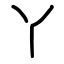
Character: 丫